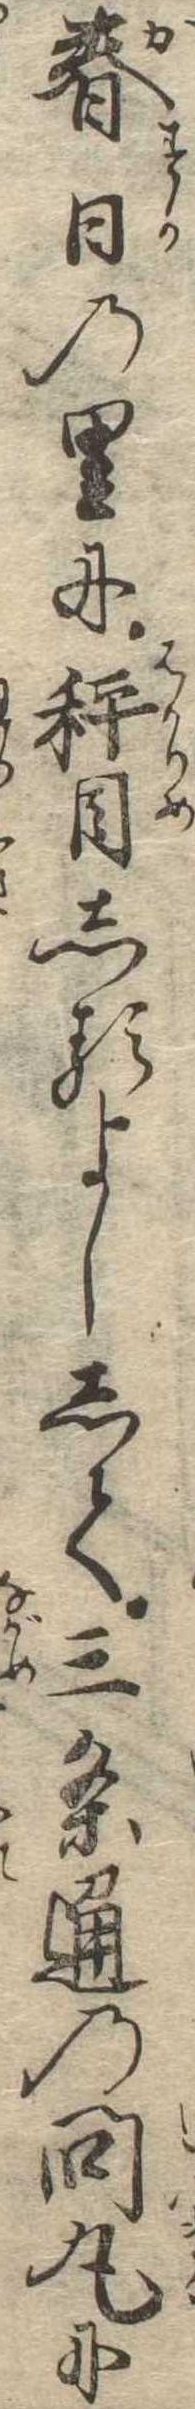
春日の里に秤目しるよしして三条通の問丸に